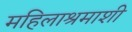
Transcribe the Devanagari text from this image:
महिलाश्रमाशी